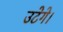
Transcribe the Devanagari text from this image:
उटेगे।